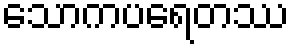
သောကပရေတဿ